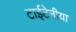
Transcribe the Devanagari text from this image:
टाईटेनीया